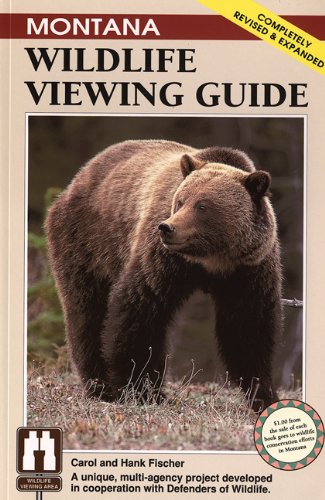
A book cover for Montana Wildlife Viewing Guide, rev. (Wildlife Viewing Guides Series); Carol Fischer; Travel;